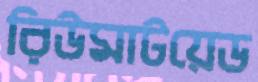
রিউমাটয়েড